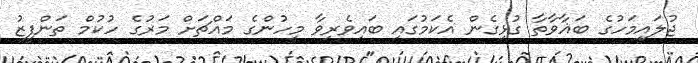
ޖުލައިމަހުގެ ބަޣާވާތާ ގުޅިގެން އެކަމުގައި ބައިވެރިވާ މީހުންގެ މައްޗަށް މަރުގެ ހުކުމް ތަންފީޒު